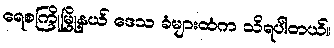
ရေစကြိုမြို့နယ် ဒေသ ခံများထံက သိရပါတယ်။